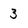
Character: 3